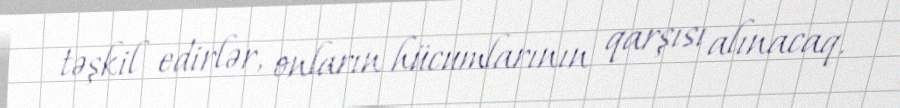
təşkil edirlər, onların hücumlarının qarşısı alınacaq.